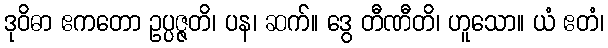
ဒုဝိဓာ ဧကတော ဥပ္ပဇ္ဇတိ၊ ပန၊ ဆက်။ ဒွေ တီဏီတိ၊ ဟူသော။ ယံ ဧတံ၊